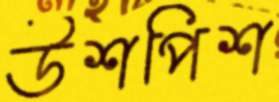
উশপিশ